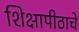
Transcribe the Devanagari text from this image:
शिक्षापीठाचे